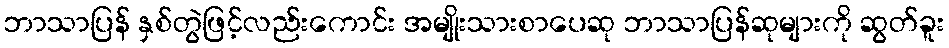
ဘာသာပြန် နှစ်တွဲဖြင့်လည်းကောင်း အမျိုးသားစာပေဆု ဘာသာပြန်ဆုများကို ဆွတ်ခူး